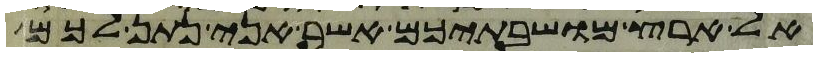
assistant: אל ארץ מושבתיכם אשר אני נתן לכם